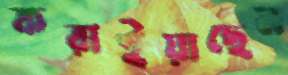
করাইয়াছেন